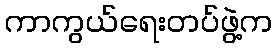
ကာကွယ်ရေးတပ်ဖွဲ့က